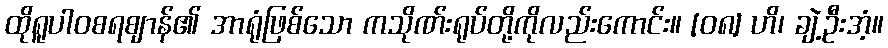
ထိုရူပါဝစရဈာန်၏ အာရုံဖြစ်သော ကသိုဏ်းရုပ်တို့ကိုလည်းကောင်း။ [၀၈] ဟိ၊ ချဲ့ဦးအံ့။